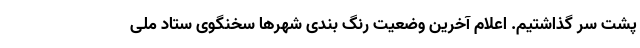
پشت سر گذاشتیم. اعلام آخرین وضعیت رنگ ‌بندی شهرها سخنگوی ستاد ملی